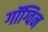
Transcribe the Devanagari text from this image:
गॉग्विन